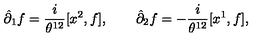
\hat { \partial } _ { 1 } f = { \frac { i } { \theta ^ { 1 2 } } } [ x ^ { 2 } , f ] , \qquad \hat { \partial } _ { 2 } f = - { \frac { i } { \theta ^ { 1 2 } } } [ x ^ { 1 } , f ] ,